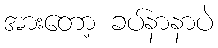
အားတော့ ခပ်နာနာပဲ